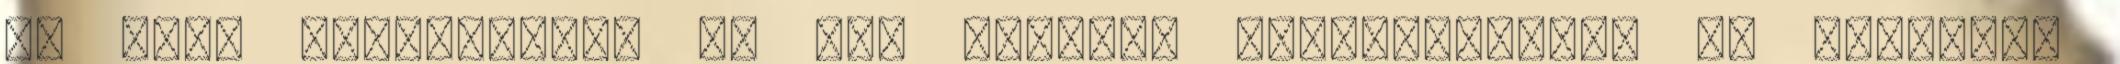
Ez némi segítséggel ma már könnyen megteremthető Az internet